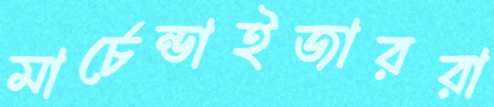
মার্চেন্ডাইজাররা